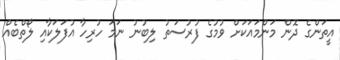
އީތަންގެ ދޮން މަންމައަކަށް ވުމުގެ ފުރުސަތު ލިބުނު ނަމަ ހުރިހާ އުފަލަކާއި ލޯތްބެއް